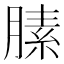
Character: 膆